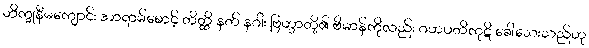
ဘိက္ခုနီမကျောင်း အာရာမ်စောင့် တိတ္ထိ နတ် နဂါး ဗြဟ္မာတို့၏ ဗိမာန်ကိုလည်း ဂဟပတိကုဋိ ခေါ်သေးသည်ဟု